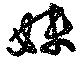
妹